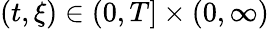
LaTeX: (t,\xi)\in(0,T]\times(0,\infty)